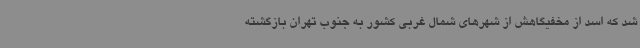
شد که اسد از مخفیگاهش از شهرهای شمال غربی کشور به جنوب تهران بازگشته